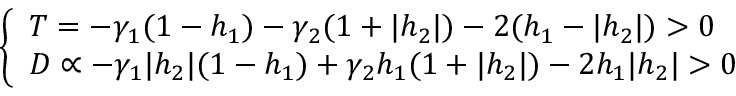
\left\{ \begin{array} { l l } { T = - \gamma _ { 1 } ( 1 - h _ { 1 } ) - \gamma _ { 2 } ( 1 + | h _ { 2 } | ) - 2 ( h _ { 1 } - | h _ { 2 } | ) > 0 } \\ { D \propto - \gamma _ { 1 } | h _ { 2 } | ( 1 - h _ { 1 } ) + \gamma _ { 2 } h _ { 1 } ( 1 + | h _ { 2 } | ) - 2 h _ { 1 } | h _ { 2 } | > 0 } \end{array} \right.